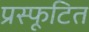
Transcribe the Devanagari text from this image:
प्रस्फूटित